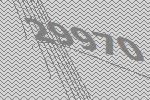
29970